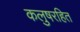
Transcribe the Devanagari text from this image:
कलुषरहित